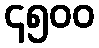
၄၅၀၀